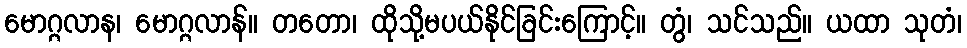
မောဂ္ဂလာန၊ မောဂ္ဂလာန်။ တတော၊ ထိုသို့မပယ်နိုင်ခြင်းကြောင့်။ တွံ၊ သင်သည်။ ယထာ သုတံ၊